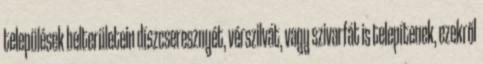
települések belterületein díszcseresznyét, vérszilvát, vagy szivarfát is telepítenek, ezekről